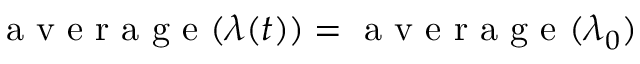
\mathrm { ~ a ~ v ~ e ~ r ~ a ~ g ~ e ~ } ( \lambda ( t ) ) = \mathrm { ~ a ~ v ~ e ~ r ~ a ~ g ~ e ~ } ( \lambda _ { 0 } )